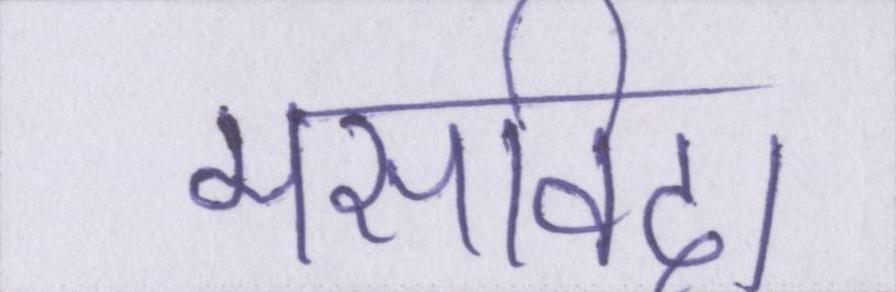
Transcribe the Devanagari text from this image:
मसविदा